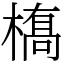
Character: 𫞎